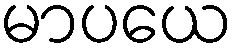
မာပယေ